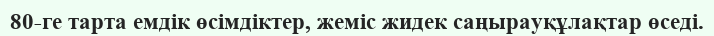
80-ге тарта емдік өсімдіктер, жеміс жидек саңырауқұлақтар өседі.